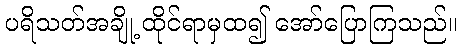
ပရိသတ်အချို့ ထိုင်ရာမှထ၍ အော်ပြောကြသည်။